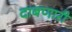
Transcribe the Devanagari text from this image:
दाबणारी